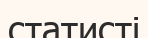
статисті